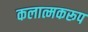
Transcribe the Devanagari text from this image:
कलात्मकरूप